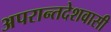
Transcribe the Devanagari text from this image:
अपरान्तदेशवासी